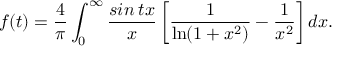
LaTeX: f ( t ) = \frac { 4 } { \pi } \int _ { 0 } ^ { \infty } \frac { s i n \: t x } { x } \left[ \frac { 1 } { \ln ( 1 + x ^ { 2 } ) } - \frac { 1 } { x ^ { 2 } } \right] d x .